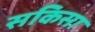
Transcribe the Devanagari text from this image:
सकिसा